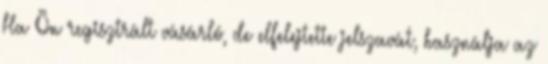
Ha Ön regisztrált vásárló, de elfelejtette jelszavát, használja az